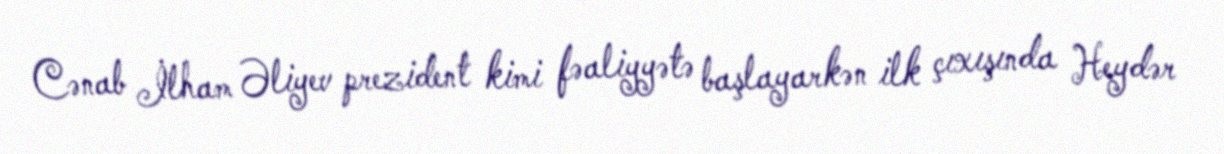
Cənab İlham Əliyev prezident kimi fəaliyyətə başlayarkən ilk çıxışında Heydər